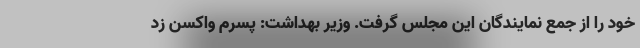
خود را از جمع نمایندگان این مجلس گرفت. وزیر بهداشت: پسرم واکسن زد